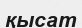
қысат